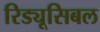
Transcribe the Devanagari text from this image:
रिड्यूसिबल